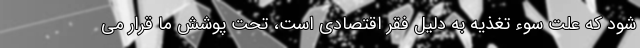
شود که علت سوء تغذیه به دلیل فقر اقتصادی است، تحت پوشش ما قرار می